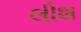
લીશ